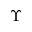
\boldsymbol { \Upsilon }